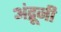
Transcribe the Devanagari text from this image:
अंद्रूनी